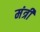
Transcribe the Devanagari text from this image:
मंत्री